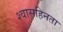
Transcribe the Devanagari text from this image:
श्वासहिनता